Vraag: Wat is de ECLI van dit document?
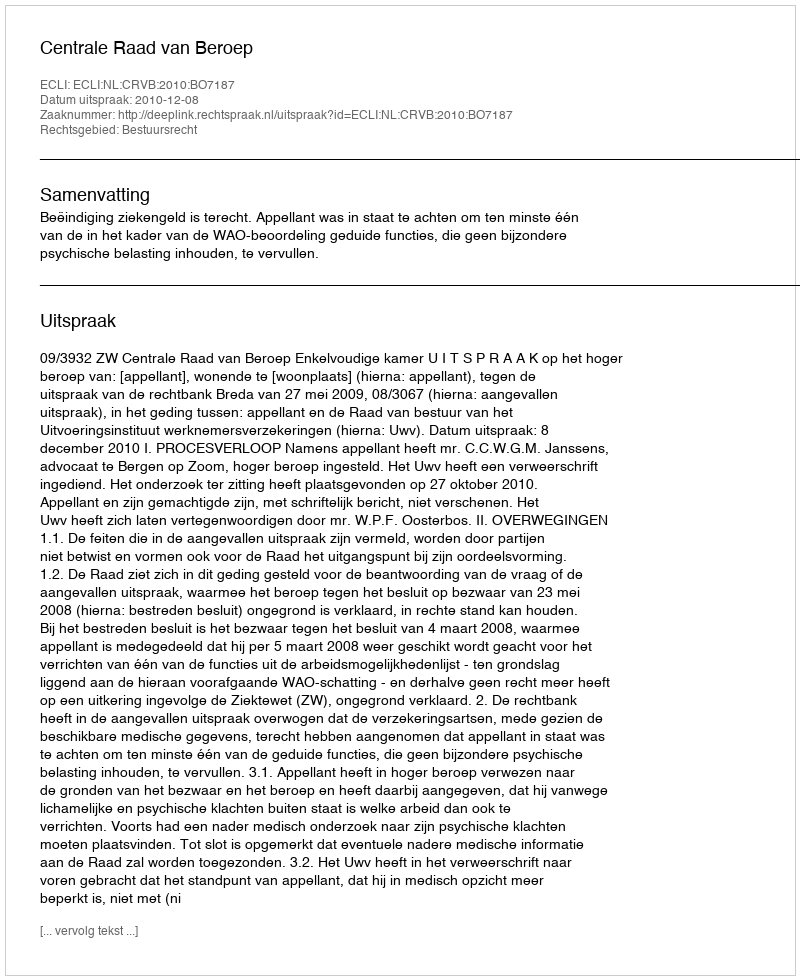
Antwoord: ECLI:NL:CRVB:2010:BO7187